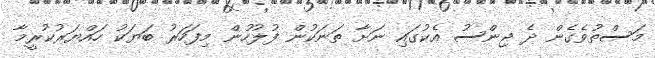
މަސްތުވެގެން ދެ ޖިންސު އެކުގައި ނަށާ ތަނަކުން ފުލުހުން މިފަހަރު ބަޔަކު ހައްޔަރުކުރީމާ